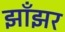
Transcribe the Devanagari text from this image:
झाँझर